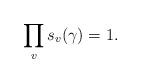
LaTeX: \begin{align*} \prod_v s_v(\gamma) = 1. \end{align*}